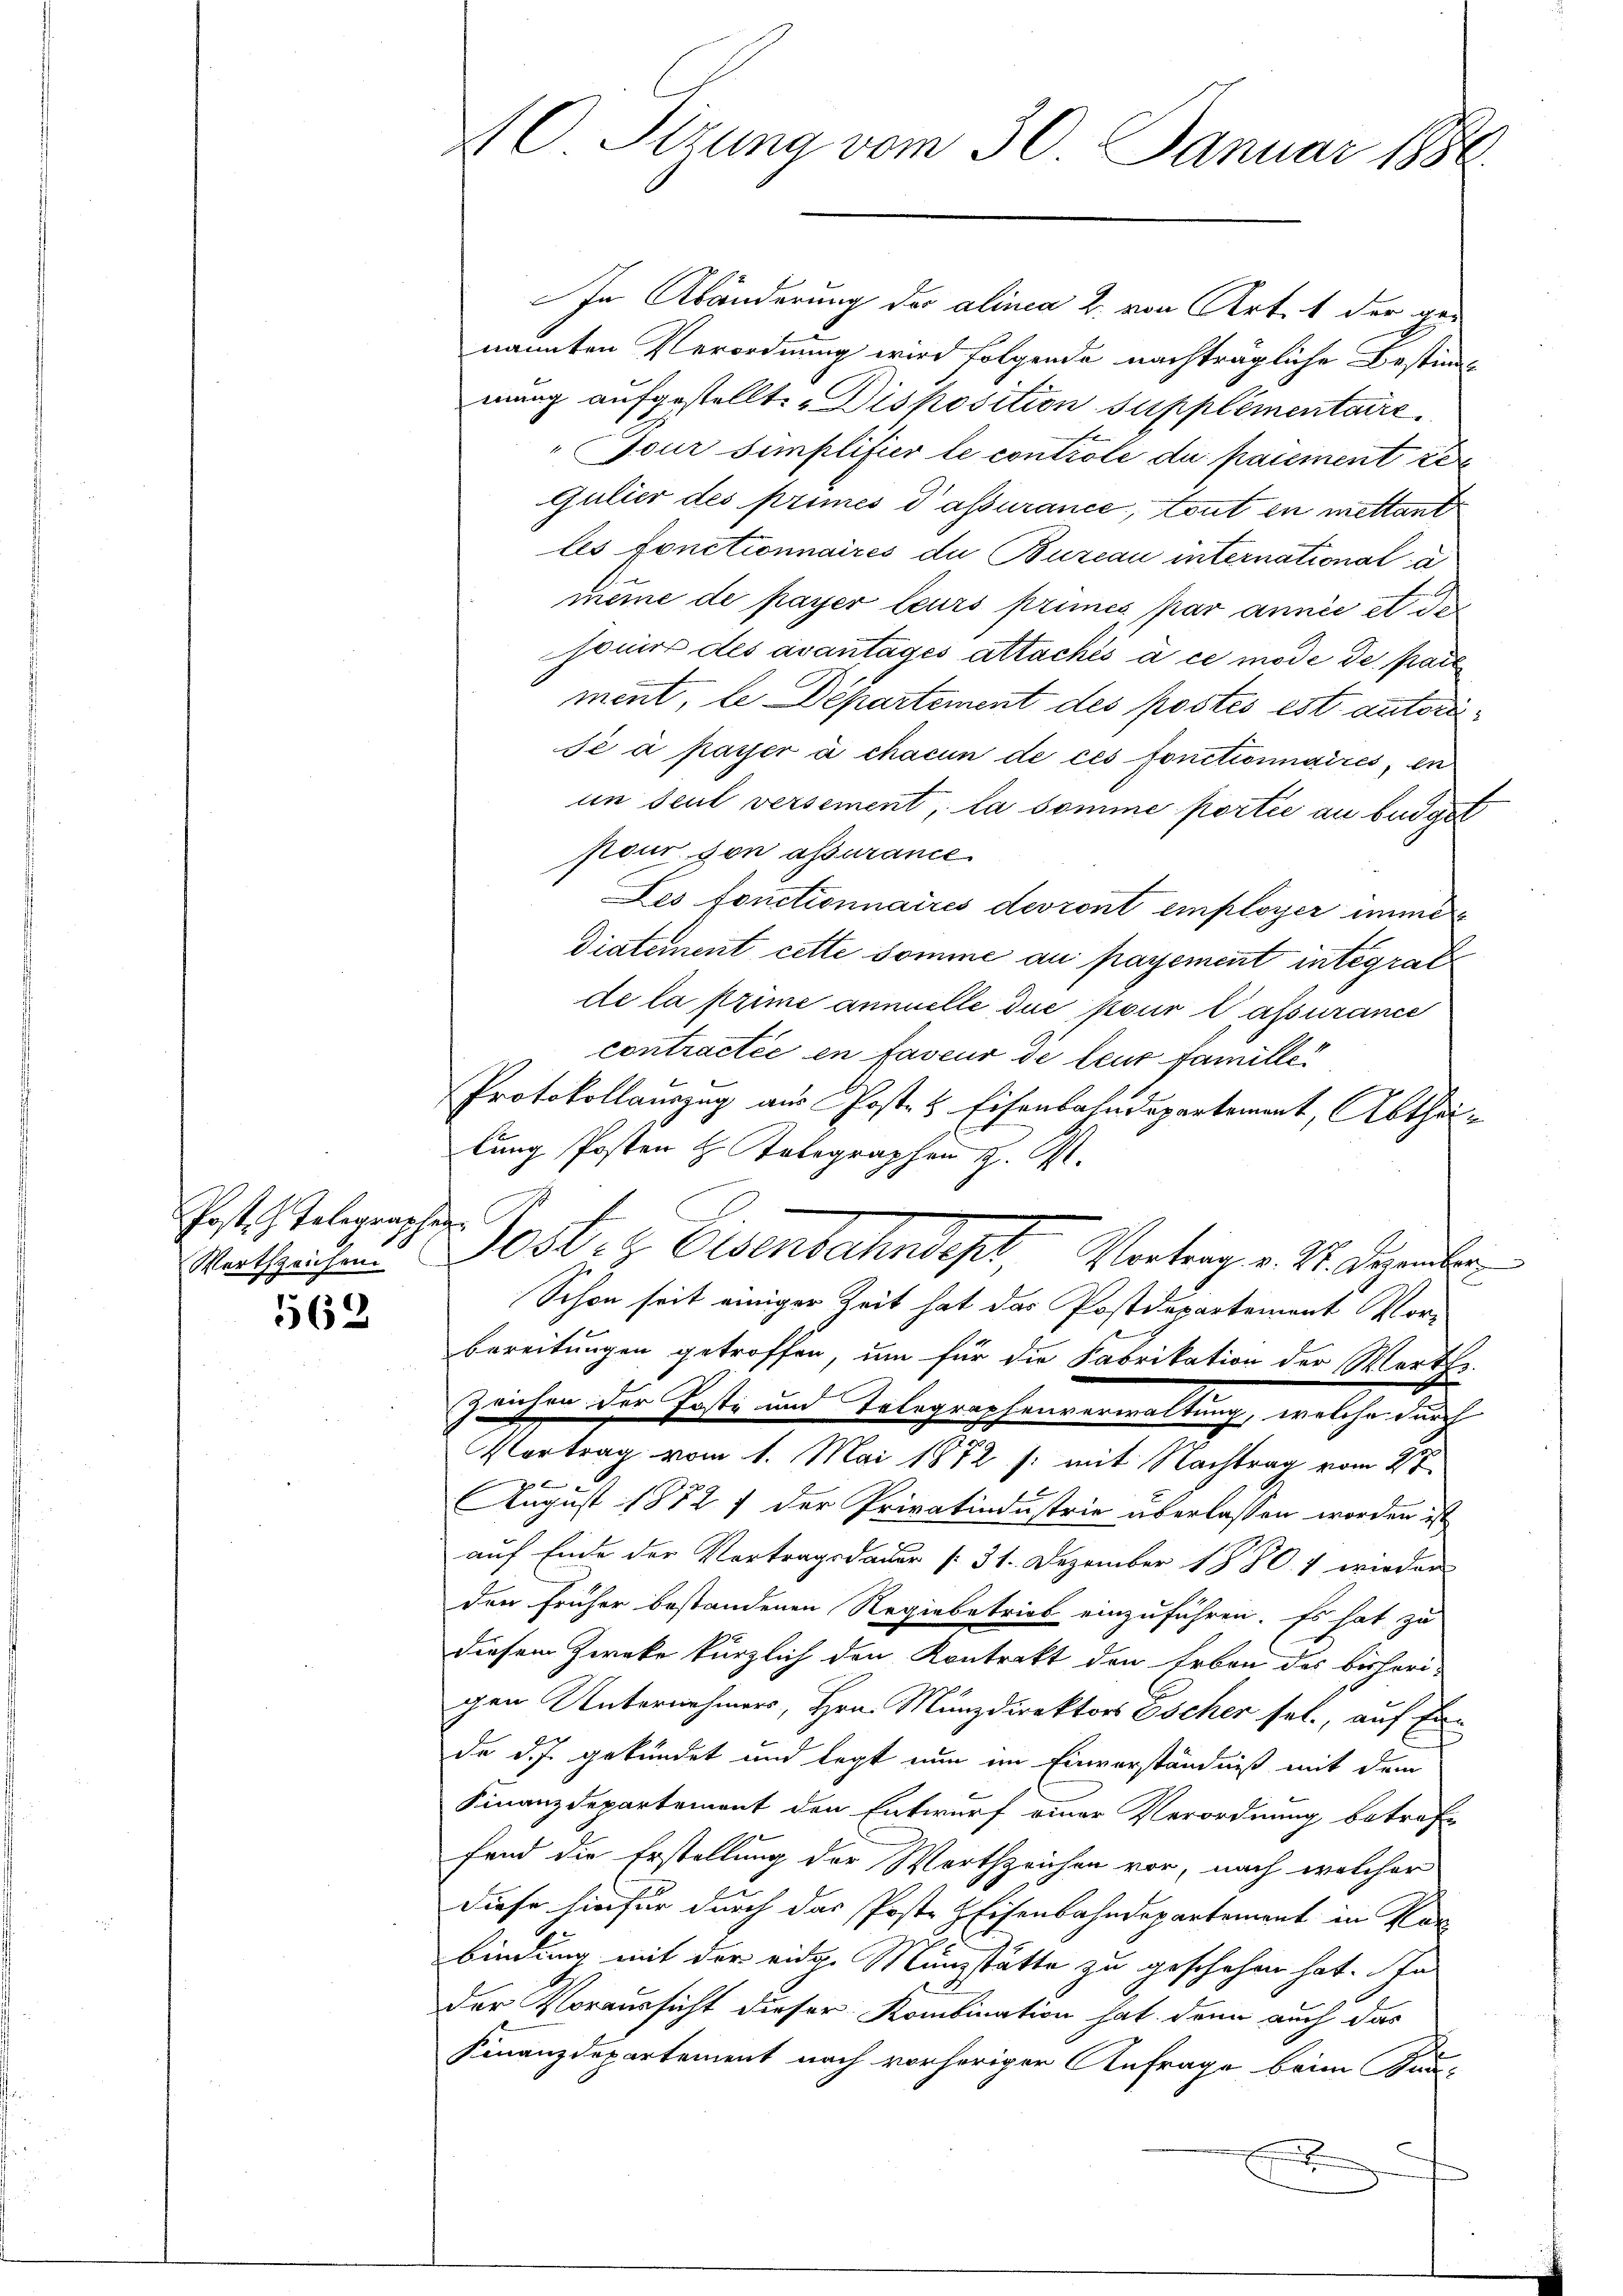
Post Telegraphen

562

In Abänderung der alinea 2. von Art. 1 der genannten Verordnung wird folgende nachträgliche Bestim-
mung aufgestellt. Disposition supplémentaire
Jour simplifier le controle du paiement re
Gulier des primés d’assurance, tout in mettant
les fonctionnaires du Bureau international a
meine de payer leurs primés par annie et de
sonier des avantages attachés à ce mode de parl
ment, le Departement des postés est autorise à payer à chacun de ces fonctionnaires, en
in Teut versement, la somme portie an beiget
pour son assurance
Les fonctionnaires devront employer imme
Diatement cette somme au payement integrat
de la prime annuelle due pour lassurance
contractée en faveur de leur famille
Protokollauszug aus Post- & Eisenbahndepartement, Abtheilung Posten H. Telegraphen z. B.
Wartheithers Jost- & Eisenbahndept, Vortrag v. M. Dezember
C
Schon seit einiger Zeit hat das Postdepartement Vorbereitungen getroffen, um für die Fabrikation der Werks-
Zeichen der Posti und Telegraphenverwaltung, welche durch
Vortrag vom 1. Mai 1872 /: mit Nachtrag vom 2t
August 1872 7 der Privatindustrie überlassen worden ist
auf Ende der Vortragsdauer /: 31. Dezember 1880. 1 wieder
den früher bestandenen Regiebetrieb einzuführen. Es hat zu
diesem Zwecke kürzlich den Kontrakt den Erben des bisherigen Unternehmers, Hrn. Münzdirektors Escher sel., auf Eide d. J. gekündet und legt nun im Einverständniß mit dem
Finanzdepartement den Entwurf einer Verordnung betref-
fend die Erstellung der Werthzeichen vor, nach welcher
diese hinfür durch das Poste Eisenbahndepartement in Kar
bindung mit der eidge Münzstätte zu geschehen hat. In
Der Voraussicht dieser Kombination hat denn auch das
Finanzdepartement nach vorheriger Anfrage beim Kan-
.

40 Stzung vom 30. Januar 1884